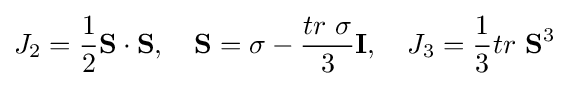
J_{2}={\frac {1}{2}}{\textbf {S}}\cdot {\textbf {S}},\quad {\textbf {S}}=\sigma -{\frac {tr\ \sigma }{3}}{\textbf {I}},\quad J_{3}={\frac {1}{3}}tr\ {\textbf {S}}^{3}